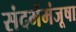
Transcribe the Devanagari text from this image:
संदर्भमंजूषा